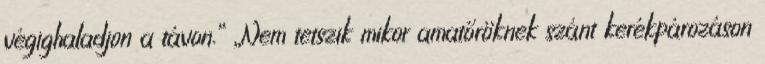
végighaladjon a távon.” „Nem tetszik mikor amatőröknek szánt kerékpározáson